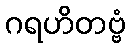
ဂရဟိတဗ္ဗံ